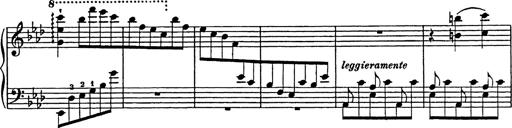
Title: Feuilles d'Album
Composer: Percy Godfrey